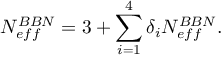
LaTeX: N _ { e f f } ^ { B B N } = 3 + \sum _ { i = 1 } ^ { 4 } \delta _ { i } N _ { e f f } ^ { B B N } .